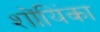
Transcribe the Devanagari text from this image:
शोंयिंका